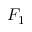
F _ { 1 }